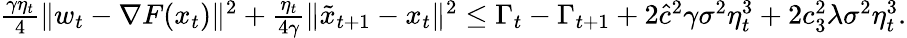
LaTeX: \begin{array}{r}{\frac{\gamma\eta_{t}}{4}\| w_{t}-\nabla F(x_{t})\| ^{2}+\frac{\eta_{t}}{4\gamma}\| \tilde{x}_{t+1}-x_{t}\| ^{2}\leq\Gamma_{t}-\Gamma_{t+1}+2\hat{c}^{2}\gamma\sigma^{2}\eta_{t}^{3}+2c_{3}^{2}\lambda\sigma^{2}\eta_{t}^{3}.}\end{array}